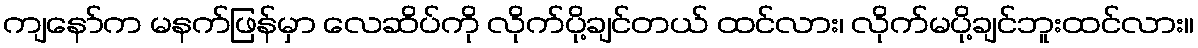
ကျနော်က မနက်ဖြန်မှာ လေဆိပ်ကို လိုက်ပို့ချင်တယ် ထင်လား၊ လိုက်မပို့ချင်ဘူးထင်လား။